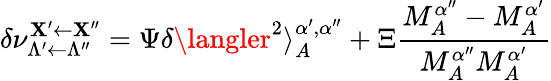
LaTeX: \delta\nu_{\Lambda^{\prime}\leftarrow\Lambda^{\prime\prime}}^{\mathbf{X}^{\prime}\leftarrow\mathbf{X}^{\prime\prime}}=\Psi\delta\langler^{2}\rangle_{A}^{\alpha^{\prime},\alpha^{\prime\prime}}+\Xi\frac{{M_{A}^{\alpha^{\prime\prime}}-M_{A}^{\alpha^{\prime}}}}{{M_{A}^{\alpha^{\prime\prime}}M_{A}^{\alpha^{\prime}}}}